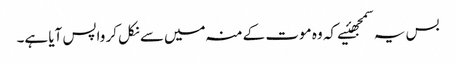
بس یہ سمجھئیے کہ وہ موت کے منہ میں‌سے نکل کر واپس آیا ہے۔